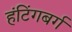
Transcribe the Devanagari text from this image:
हंटिंगबर्ग